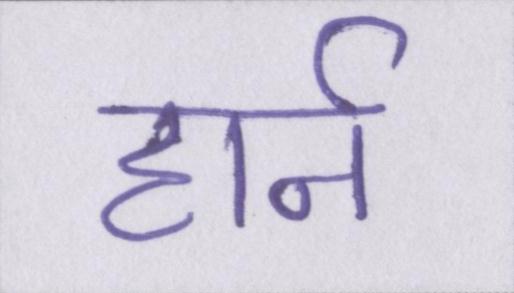
हार्न